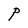
Character: P